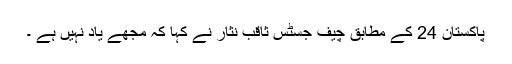
پاکستان 24 کے مطابق چیف جسٹس ثاقب نثار نے کہا کہ مجھے یاد نہیں ہے ۔